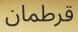
قرطمان